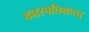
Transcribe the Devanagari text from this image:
वनस्पतिशास्त्र्